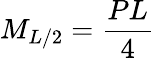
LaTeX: M_{L/2}={\frac{PL}{4}}